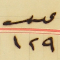
عدد ١٢٩